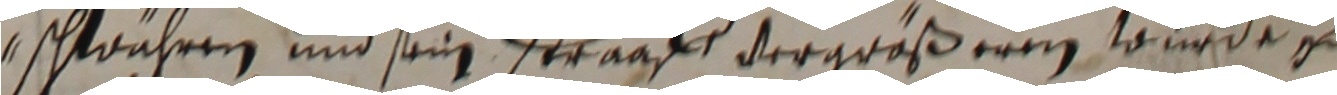
gschwähren und sein stragk vergroßeren wurde etc.